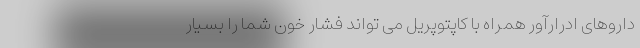
داروهای ادرارآور همراه با کاپتوپریل می تواند فشار خون شما را بسیار